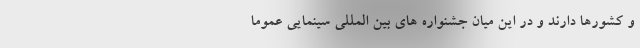
و کشورها دارند و در این میان جشنواره های بین المللی سینمایی عموما